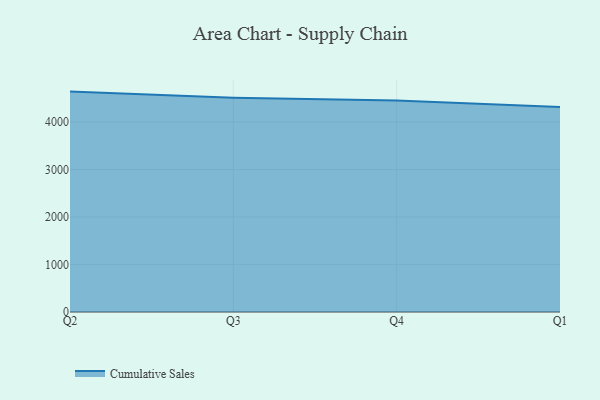
{"axis": {"x": "Quarter", "y": "Tickets Resolved"}, "legend": ["Cumulative Sales"], "data": [{"x": "Q2", "y": 4642.0, "type": "Cumulative Sales"}, {"x": "Q3", "y": 4515.1, "type": "Cumulative Sales"}, {"x": "Q4", "y": 4454.2, "type": "Cumulative Sales"}, {"x": "Q1", "y": 4318.1, "type": "Cumulative Sales"}]}